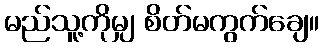
မည်သူ့ကိုမျှ စိတ်မကွက်ချေ။